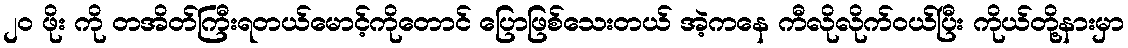
၂၀ ဖိုး ကို တအိတ်ကြီးရတယ်မောင့်ကိုတောင် ပြောဖြစ်သေးတယ် အဲ့ကနေ ကီလိုလိုက်ဝယ်ပြီး ကိုယ်တို့နားမှာ